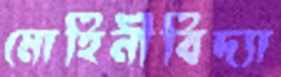
মোহিনীবিদ্যা